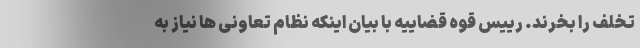
تخلف را بخرند. رییس قوه قضاییه با بیان اینکه نظام تعاونی ها نیاز به